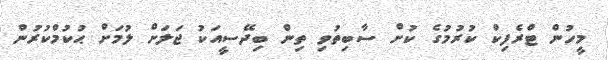
މީހުން ޓްރެފިކް ކުރުމުގެ ކުށް ސާބިތުވި ތިން ބިދޭސީއަކު ޖަލަށް ލުމަށް ޙުކުމްކުރުން